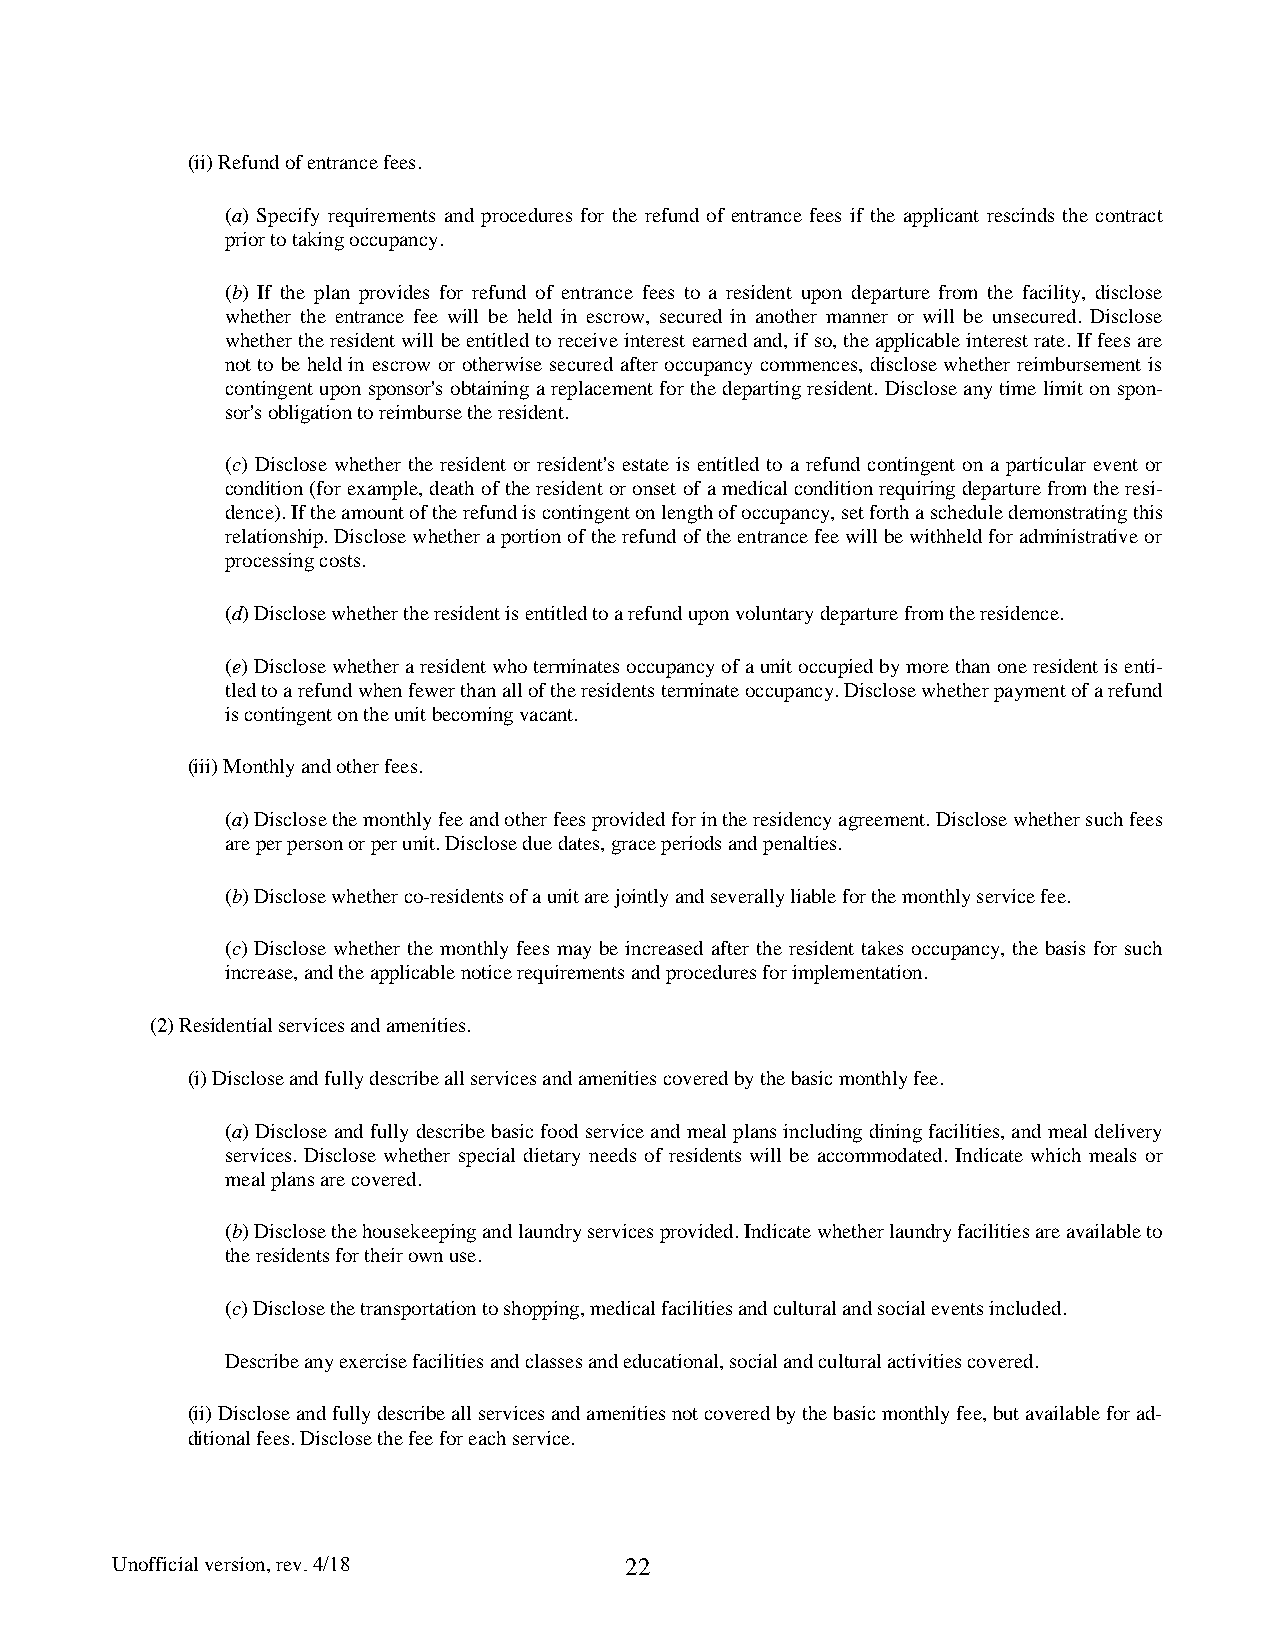
(ii) Refund of entrance fees.
 (a) Specify requirements and procedures for the refund of entrance fees if the applicant rescinds the contract
 prior to taking occupancy.
 (b) If the plan provides for refund of entrance fees to a resident upon departure from the facility, disclose
 whether the entrance fee will be held in escrow, secured in another manner or will be unsecured. Disclose
 whether the resident will be entitled to receive interest earned and, if so, the applicable interest rate. If fees are
 not to be held in escrow or otherwise secured after occupancy commences, disclose whether reimbursement is
 contingent upon sponsor's obtaining a replacement for the departing resident. Disclose any time limit on spon-
 sor's obligation to reimburse the resident.
 (c) Disclose whether the resident or resident's estate is entitled to a refund contingent on a particular event or
 condition (for example, death of the resident or onset of a medical condition requiring departure from the resi-
 dence). If the amount of the refund is contingent on length of occupancy, set forth a schedule demonstrating this
 relationship. Disclose whether a portion of the refund of the entrance fee will be withheld for administrative or
 processing costs.
 (d) Disclose whether the resident is entitled to a refund upon voluntary departure from the residence.
 (e) Disclose whether a resident who terminates occupancy of a unit occupied by more than one resident is enti-
 tled to a refund when fewer than all of the residents terminate occupancy. Disclose whether payment of a refund
 is contingent on the unit becoming vacant.
 (iii) Monthly and other fees.
 (a) Disclose the monthly fee and other fees provided for in the residency agreement. Disclose whether such fees
 are per person or per unit. Disclose due dates, grace periods and penalties.
 (b) Disclose whether co-residents of a unit are jointly and severally liable for the monthly service fee.
 (c) Disclose whether the monthly fees may be increased after the resident takes occupancy, the basis for such
 increase, and the applicable notice requirements and procedures for implementation.
 (2) Residential services and amenities.
 (i) Disclose and fully describe all services and amenities covered by the basic monthly fee.
 (a) Disclose and fully describe basic food service and meal plans including dining facilities, and meal delivery
 services. Disclose whether special dietary needs of residents will be accommodated. Indicate which meals or
 meal plans are covered.
 (b) Disclose the housekeeping and laundry services provided. Indicate whether laundry facilities are available to
 the residents for their own use.
 (c) Disclose the transportation to shopping, medical facilities and cultural and social events included.
 Describe any exercise facilities and classes and educational, social and cultural activities covered.
 (ii) Disclose and fully describe all services and amenities not covered by the basic monthly fee, but available for ad-
 ditional fees. Disclose the fee for each service.
 Unofficial version, rev. 4/18     22